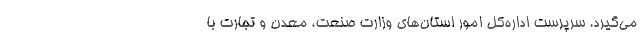
می‌گیرد. سرپرست اداره‌کل امور استان‌های وزارت صنعت، معدن و تجارت با